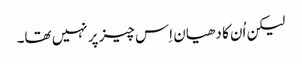
‏ لیکن اُن کا دھیان اِس چیز پر نہیں تھا۔